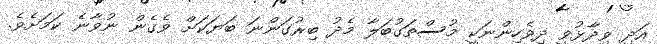
އަދި ވިދާޅުވީ ދިވެހިންނަކީ މުސްތަގުބަލާ މެދު ބިރުގަންނަ ބަޔަކަށް ވެގެން ނުވާނެ ކަމަށެވެ.